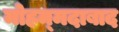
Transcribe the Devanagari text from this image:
मोहम्‍मदाबाद